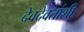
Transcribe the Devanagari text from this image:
देवदेवतांशी